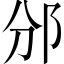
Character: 邠